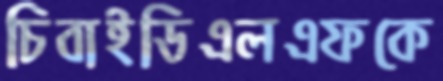
চিবাইডিএলএফকে